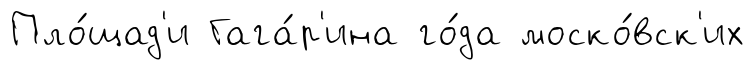
Пло́щад'и Гага́р'ина го́да моско́вск'их